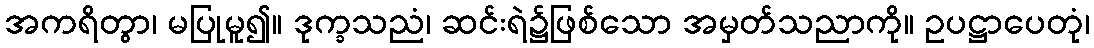
အကရိတွာ၊ မပြုမူ၍။ ဒုက္ခသညံ၊ ဆင်းရဲ၌ဖြစ်သော အမှတ်သညာကို။ ဥပဋ္ဌာပေတုံ၊